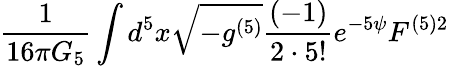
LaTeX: \frac{1}{16\pi G_{5}}\int d^{5}x\sqrt{-g^{(5)}}\frac{(-1)}{2\cdot 5!}e^{-5\psi}F^{(5)2}